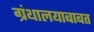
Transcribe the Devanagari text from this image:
ग्रंथालयाबाबत